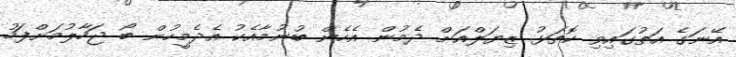
އޭނަގެ އަތުގައިވި ކޮތަޅު ޒިޔަލްއަށް ދެމުން އެހެން ބުނުމާއެކު އެދެމީހުން ބޯ ޖަހާލުމަށްފަހު